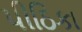
પીઠિકા